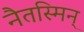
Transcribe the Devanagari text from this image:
नैतस्मिन्